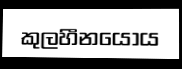
කුලහීනයෝය